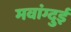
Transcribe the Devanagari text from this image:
मवांग्दुई